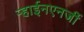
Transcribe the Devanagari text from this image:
ऱ्हाईनएनर्जी